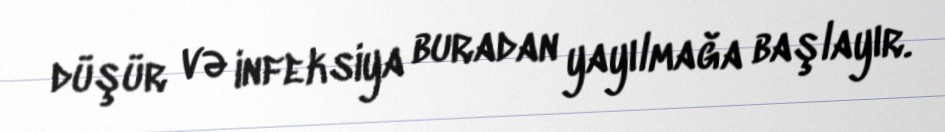
düşür və infeksiya buradan yayılmağa başlayır.